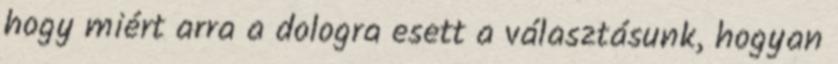
hogy miért arra a dologra esett a választásunk, hogyan